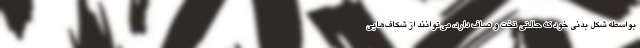
بواسطه شکل بدنی خود که حالتی تخت و صاف دارد، می‌توانند از شکاف‌هایی